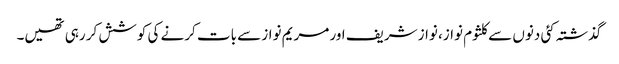
گذشتہ کئی دنوں سے کلثوم نواز، نواز شریف اور مریم نواز سے بات کرنے کی کوشش کر رہی تھیں۔